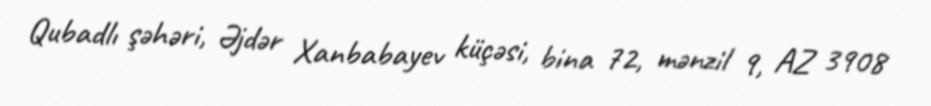
Qubadlı şəhəri, Əjdər Xanbabayev küçəsi, bina 72, mənzil 9, AZ 3908